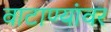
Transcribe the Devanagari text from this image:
वाटाण्यांवर